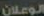
الوعلان